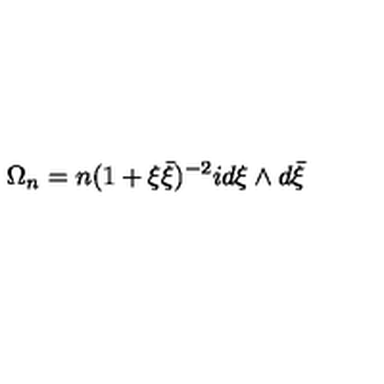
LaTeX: \Omega _ { n } = n ( 1 + \xi \bar { \xi } ) ^ { - 2 } i d \xi \wedge d \bar { \xi }